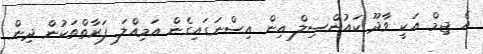
އެ ޖިމް އަކީ ވާދޫ ކައުންސިލް އިން އިސްނަގައިގެން އަމިއްލަ ފަރާތްތަކުން ދިން